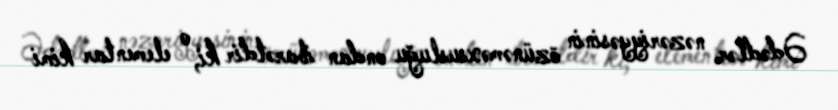
Ədədlər nəzəriyyəsinin özünəməxsusluğu ondan ibarətdir ki, o elementar kimi